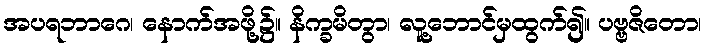
အပရဘာဂေ၊ နောက်အဖို့၌။ နိက္ခမိတွာ၊ လူ့ဘောင်မှထွက်၍။ ပဗ္ဗဇိတော၊